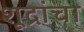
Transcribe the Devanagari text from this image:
शूद्रांचा